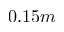
0 . 1 5 m